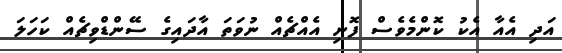
އަދި އެއާ އެކު ކޮންމެވެސް ފޮނި އެއްޗެއް ނުވަތަ އާދައިގެ ސޭންޑްވިޗެއް ކަހަލަ